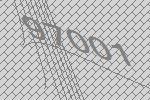
97001